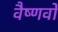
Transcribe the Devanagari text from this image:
वैष्‍णवो